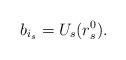
LaTeX: \begin{align*}b_{i_s}=U_s(r_s^0).\end{align*}